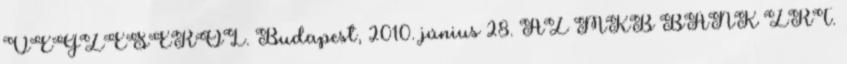
VÉGZÉSÉRŐL. Budapest, 2010. június 28. AZ MKB BANK ZRT.